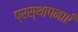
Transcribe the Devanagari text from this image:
प्रस्थापनाएँ